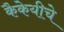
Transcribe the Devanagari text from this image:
कैकेयीचे